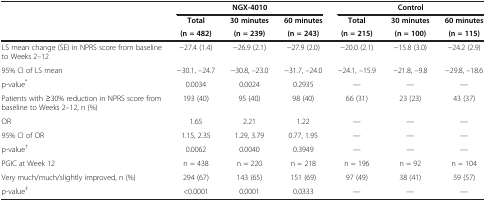
<table><thead><tr><td rowspan="3"><b> </b></td><td colspan="3"><b>NGX-4010</b></td><td colspan="3"><b>Control</b></td></tr><tr><td><b>Total</b></td><td><b>30 minutes</b></td><td><b>60 minutes</b></td><td><b>Total</b></td><td><b>30 minutes</b></td><td><b>60 minutes</b></td></tr><tr><td><b>(n = 482)</b></td><td><b>(n = 239)</b></td><td><b>(n = 243)</b></td><td><b>(n = 215)</b></td><td><b>(n = 100)</b></td><td><b>(n = 115)</b></td></tr></thead><tbody><tr><td>LS mean change (SE) in NPRS score from baseline to Weeks 2–12</td><td>−27.4 (1.4)</td><td>−26.9 (2.1)</td><td>−27.9 (2.0)</td><td>−20.0 (2.1)</td><td>−15.8 (3.0)</td><td>−24.2 (2.9)</td></tr><tr><td>95% CI of LS mean</td><td>−30.1, –24.7</td><td>−30.8, –23.0</td><td>−31.7, –24.0</td><td>−24.1, –15.9</td><td>−21.8, –9.8</td><td>−29.8, –18.6</td></tr><tr><td>p-value<sup>*</sup></td><td>0.0034</td><td>0.0024</td><td>0.2935</td><td>—</td><td>—</td><td>—</td></tr><tr><td>Patients with ≥30% reduction in NPRS score from baseline to Weeks 2–12, n (%)</td><td>193 (40)</td><td>95 (40)</td><td>98 (40)</td><td>66 (31)</td><td>23 (23)</td><td>43 (37)</td></tr><tr><td>OR</td><td>1.65</td><td>2.21</td><td>1.22</td><td>—</td><td>—</td><td>—</td></tr><tr><td>95% CI of OR</td><td>1.15, 2.35</td><td>1.29, 3.79</td><td>0.77, 1.95</td><td>—</td><td>—</td><td>—</td></tr><tr><td>p-value<sup>†</sup></td><td>0.0062</td><td>0.0040</td><td>0.3949</td><td>—</td><td>—</td><td>—</td></tr><tr><td>PGIC at Week 12</td><td>n = 438</td><td>n = 220</td><td>n = 218</td><td>n = 196</td><td>n = 92</td><td>n = 104</td></tr><tr><td>Very much/much/slightly improved, n (%)</td><td>294 (67)</td><td>143 (65)</td><td>151 (69)</td><td>97 (49)</td><td>38 (41)</td><td>59 (57)</td></tr><tr><td>p-value<sup>‡</sup></td><td>&lt;0.0001</td><td>0.0001</td><td>0.0333</td><td>—</td><td>—</td><td>—</td></tr></tbody></table>